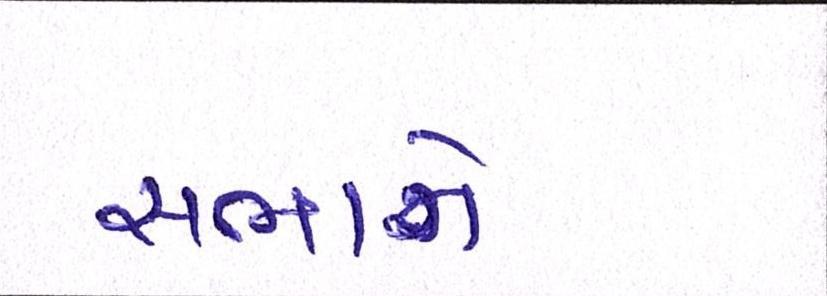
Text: સભાને